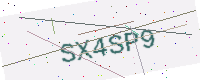
Text: SX4SP9